Report of the Indian Hemp Drugs Commission, 1894-1895 - Volume V
Year: 1894
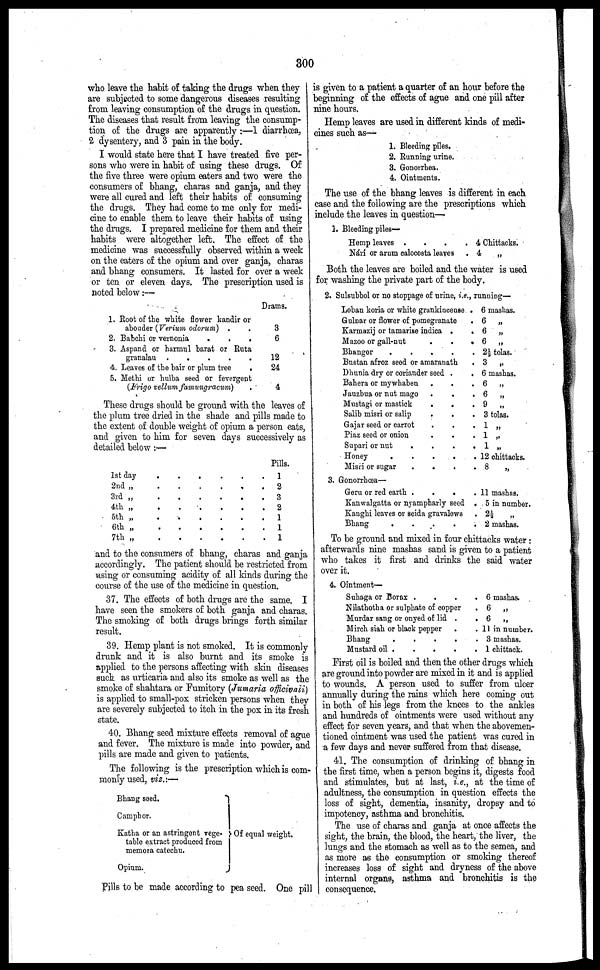
300
who leave the habit of taking the drugs when they
are subjected to some dangerous diseases resulting
from leaving consumption of the drugs in question.
The diseases that result from leaving the consump-
tion of the drugs are apparently :—1 diarrhœa,
2 dysentery, and 3 pain in the body.
I would state here that I have treated five per-
sons who were in habit of using these drugs. Of
the five three were opium eaters and two were the
consumers of bhang, charas and ganja, and they
were all cured and left their habits of consuming
the drugs. They had come to me only for medi-
cine to enable them to leave their habits of using
the drugs. I prepared medicine for them and their
habits were altogether left. The effect of the
medicine was successfully observed within a week
on the eaters of the opium and over ganja, charas
and bhang consumers. It lasted for over a week
or ten or eleven days. The prescription used is
noted below:—
1.
2.
3.
4
5.
Root of the white flower kandir or
abouder (Verium odorum) . .
Babchi or vernonia
.
.
.
Aspand or harmul barat or Ruta
granalau .
.
.
.
.
Leaves of the bair or plum tree
.
Methi or hulba seed or fevergent
(Frigo vellum famungracum) .
Drams.
3
6
12
24
4
These drugs should be ground with the leaves of
the plum tree dried in the shade and pills made to
the extent of double weight of opium a person eats,
and given to him for seven days successively as
detailed below :—
1st day
.
.
.
.
.
.
2nd „
.
.
.
.
.
.
3rd „ . . . . . .
4th „
.
.
.
.
.
5th „
.
.
.
.
.
.
6th „
.
.
.
.
.
7th „
.
.
.
.
.
Pills.
1
2
3
2
1
1
1
and to the consumers of bhang, charas and ganja
accordingly. The patient should be restricted from
vising or consuming acidity of all kinds during the
course of the use of the medicine in question.
37. The effects of both drugs are the same. I
have seen the smokers of both ganja and charas.
The smoking of both drugs brings forth similar
result.
39. Hemp plant is not smoked. It is commonly
drunk and it is also burnt and its smoke is
applied to the persons affecting with skin diseases
such as urticaria and also its smoke as well as the
smoke of shahtara or Fumitory (Jumaria officivali)
is applied to small-pox stricken persons when they
are severely subjected to itch in the pox in its fresh
state.
40. Bhang seed mixture effects removal of ague
and fever. The mixture is made into powder, and
pills are made and given to patients.
The following is the prescription which is com-
monly used, viz.:—
Bhang seed.
Camphor.
Katha or an astringent vege.
table extract produced from
memora catechu.
Opium.
Of equal weight.
Pills to be made according to pea seed. One pill
is given to a patient a quarter of an hour before the
beginning of the effects of ague and one pill after
nine hours.
Hemp leaves are used in different kinds of medi-
cines such as—
1.
2.
3.
4.
Bleeding piles.
Running urine.
Gonorrhea.
Ointments.
The use of the bhang leaves is different in each
case and the following are the prescriptions which
include the leaves in question—
1. Bleeding piles—
Hemp leaves .
.
.
.
Nárí or arum calocosta leaves .
4 Chittacks.
4
„
Both the leaves are boiled and the water is used
for washing the private part of the body.
2. Sul6ubbol or no stoppage of urine, i.e., running—
Loban koria or white grankincense .
Gulnar or flower of pomegranate .
Karmazij or tamarise indica .
.
Mazoo or gall-nut
.
.
.
Bhanger
.
.
.
.
.
Bustan afroz seed or amaranath .
Dhunia dry or coriander seed .
.
Bahera or mywhaben . . .
Jauzbua or nut mago .
.
.
Mustagi or mastick
.
.
Salib misri or salip
. . .
Gajar seed or carrot . . .
Piaz seed or onion . . .
Supari or nut
.
.
.
.
Honey
. . . . .
Misri or sugar
. . . .
6 mashas.
6 „
6 „
6 „
2½ tolas.
3 „
6 mashas.
6 „
6 „
9 „
3 tolas.
1 „
1 „
1 „
12 chittacks.
8
„
3. Gonorrhœa—
Geru or red earth .
.
.
.
Kanwalgatta or nyampharly seed .
Kanghi leaves or seida gravalews .
Bhang
.
.
.
.
.
.
11 mashas.
5 in number.
2½ „
2 mashas.
To be ground and mixed in four chittacks water :
afterwards nine mashas sand is given to a patient
who takes it first and drinks the said water
over it.
4. Ointment—
Suhaga or Borax .
.
.
.
Nilathotha or sulphate of copper .
Murdar sang or onyed of lid .
.
Mirch siah or black pepper . .
Bhang
.
.
.
.
.
Mustard oil
.
.
.
.
.
6 mashas.
6 „
6
„
11 in number.
3 mashas.
1 chittack.
First oil is boiled and then the other drugs which
are ground into powder are mixed in it and is applied
to wounds. A person used to suffer from ulcer
annually during the rains which here coming out
in both of his legs from the knees to the ankles
and hundreds of ointments were used without any
effect for seven years, and that when the abovemen-
tioned ointment was used the patient was cured in
a few days and never suffered from that disease.
41. The consumption of drinking of bhang in
the first time, when a person begins it, digests food
and stimulates, but at last, i.e., at the time of
adultness, the consumption in question effects the
loss of sight, dementia, insanity, dropsy and to
impotency, asthma and bronchitis.
The use of charas and ganja at once affects the
sight, the brain, the blood, the heart, the liver, the
lungs and the stomach as well as to the semea, and
as more as the consumption or smoking thereof
increases loss of sight and dryness of the above
internal organs, asthma and bronchitis is the
consequence.